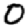
Digit: 0